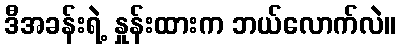
ဒီအခန်းရဲ့ နှုန်းထားက ဘယ်လောက်လဲ။